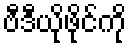
ဗီဒီယိုဖိုင်ကို